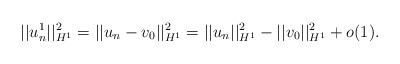
LaTeX: \begin{align*}||u_n^1||_{H^1}^2=||u_n-v_0||_{H^1}^2=||u_n||_{H^1}^2-||v_0||_{H^1}^2 +o(1).\end{align*}